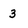
Character: 3